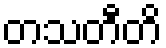
တသတီတိ